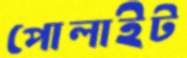
পোলাইট